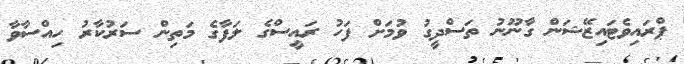
ޕްރައިވެޓައިޒޭޝަން ގާނޫނު ތަސްދީގު ވުމަށް ފަހު ރައީސްގެ ލަފާގެ މަތިން ސަރުކާރު ހިއްސާވާ